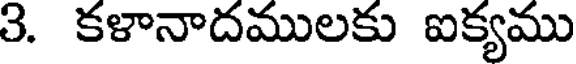
3. కళానాదములకు ఐక్యము